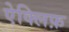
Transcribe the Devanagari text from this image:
ऐक्लिफ़